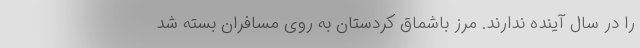
را در سال آینده ندارند. مرز باشماق کردستان به روی مسافران بسته شد